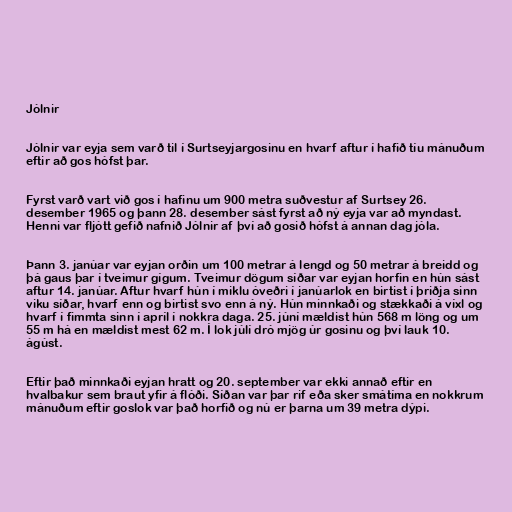
Jólnir

Jólnir var eyja sem varð til í Surtseyjargosinu en hvarf aftur í hafið tíu mánuðum
eftir að gos hófst þar.

Fyrst varð vart við gos í hafinu um 900 metra suðvestur af Surtsey 26.
desember 1965 og þann 28. desember sást fyrst að ný eyja var að myndast.
Henni var fljótt gefið nafnið Jólnir af því að gosið hófst á annan dag jóla.

Þann 3. janúar var eyjan orðin um 100 metrar á lengd og 50 metrar á breidd og
þá gaus þar í tveimur gígum. Tveimur dögum síðar var eyjan horfin en hún sást
aftur 14. janúar. Aftur hvarf hún í miklu óveðri í janúarlok en birtist í þriðja sinn
viku síðar, hvarf enn og birtist svo enn á ný. Hún minnkaði og stækkaði á víxl og
hvarf í fimmta sinn í apríl í nokkra daga. 25. júní mældist hún 568 m löng og um
55 m há en mældist mest 62 m. Í lok júlí dró mjög úr gosinu og því lauk 10.
ágúst.

Eftir það minnkaði eyjan hratt og 20. september var ekki annað eftir en
hvalbakur sem braut yfir á flóði. Síðan var þar rif eða sker smátíma en nokkrum
mánuðum eftir goslok var það horfið og nú er þarna um 39 metra dýpi.